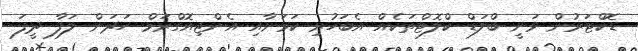
ޑޮކްޓަރުން ވަނީ ބްލަޑް ކްލޮޓްތަކެއް އެބަހުރި ކަމަށާއި އެންޖިއޮގްރަމް ހަދަން ލަފާ ދީފަ